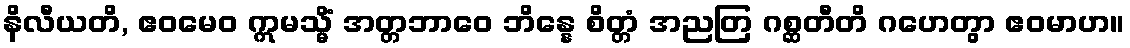
နိလီယတိ, ဧဝမေဝ ဣမသ္မိံ အတ္တဘာဝေ ဘိန္နေ စိတ္တံ အညတြ ဂစ္ဆတီတိ ဂဟေတွာ ဧဝမာဟ။